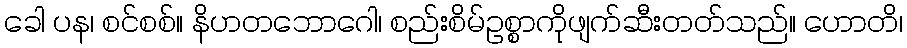
ခေါ ပန၊ စင်စစ်။ နိဟတဘောဂေါ၊ စည်းစိမ်ဥစ္စာကိုဖျက်ဆီးတတ်သည်။ ဟောတိ၊